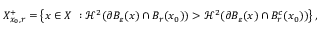
X _ { x _ { 0 } , r } ^ { + } = \left\{ x \in X \ : \mathcal { H } ^ { 2 } ( \partial B _ { \varepsilon } ( x ) \cap B _ { r } ( x _ { 0 } ) ) > \mathcal { H } ^ { 2 } ( \partial B _ { \varepsilon } ( x ) \cap B _ { r } ^ { c } ( x _ { 0 } ) ) \right\} ,